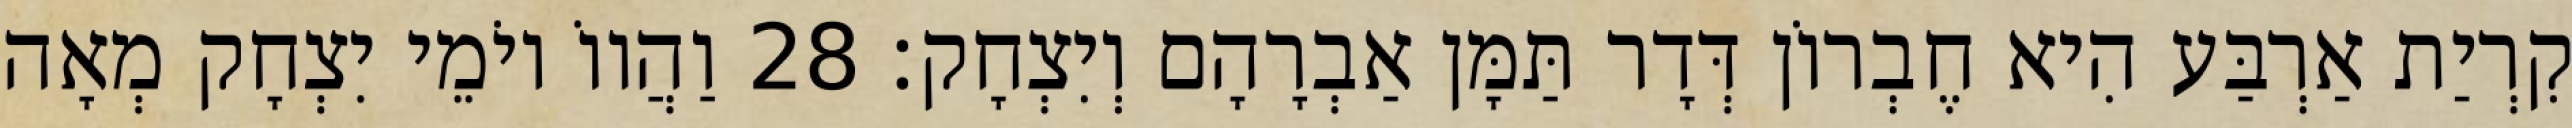
קִרְיַת אַרְבַּע הִיא חֶבְרוֹן דְּדָר תַּמָּן אַבְרָהָם וְיִצְחָק׃ 28 וַהֲווֹ יוֹמֵי יִצְחָק מְאָה